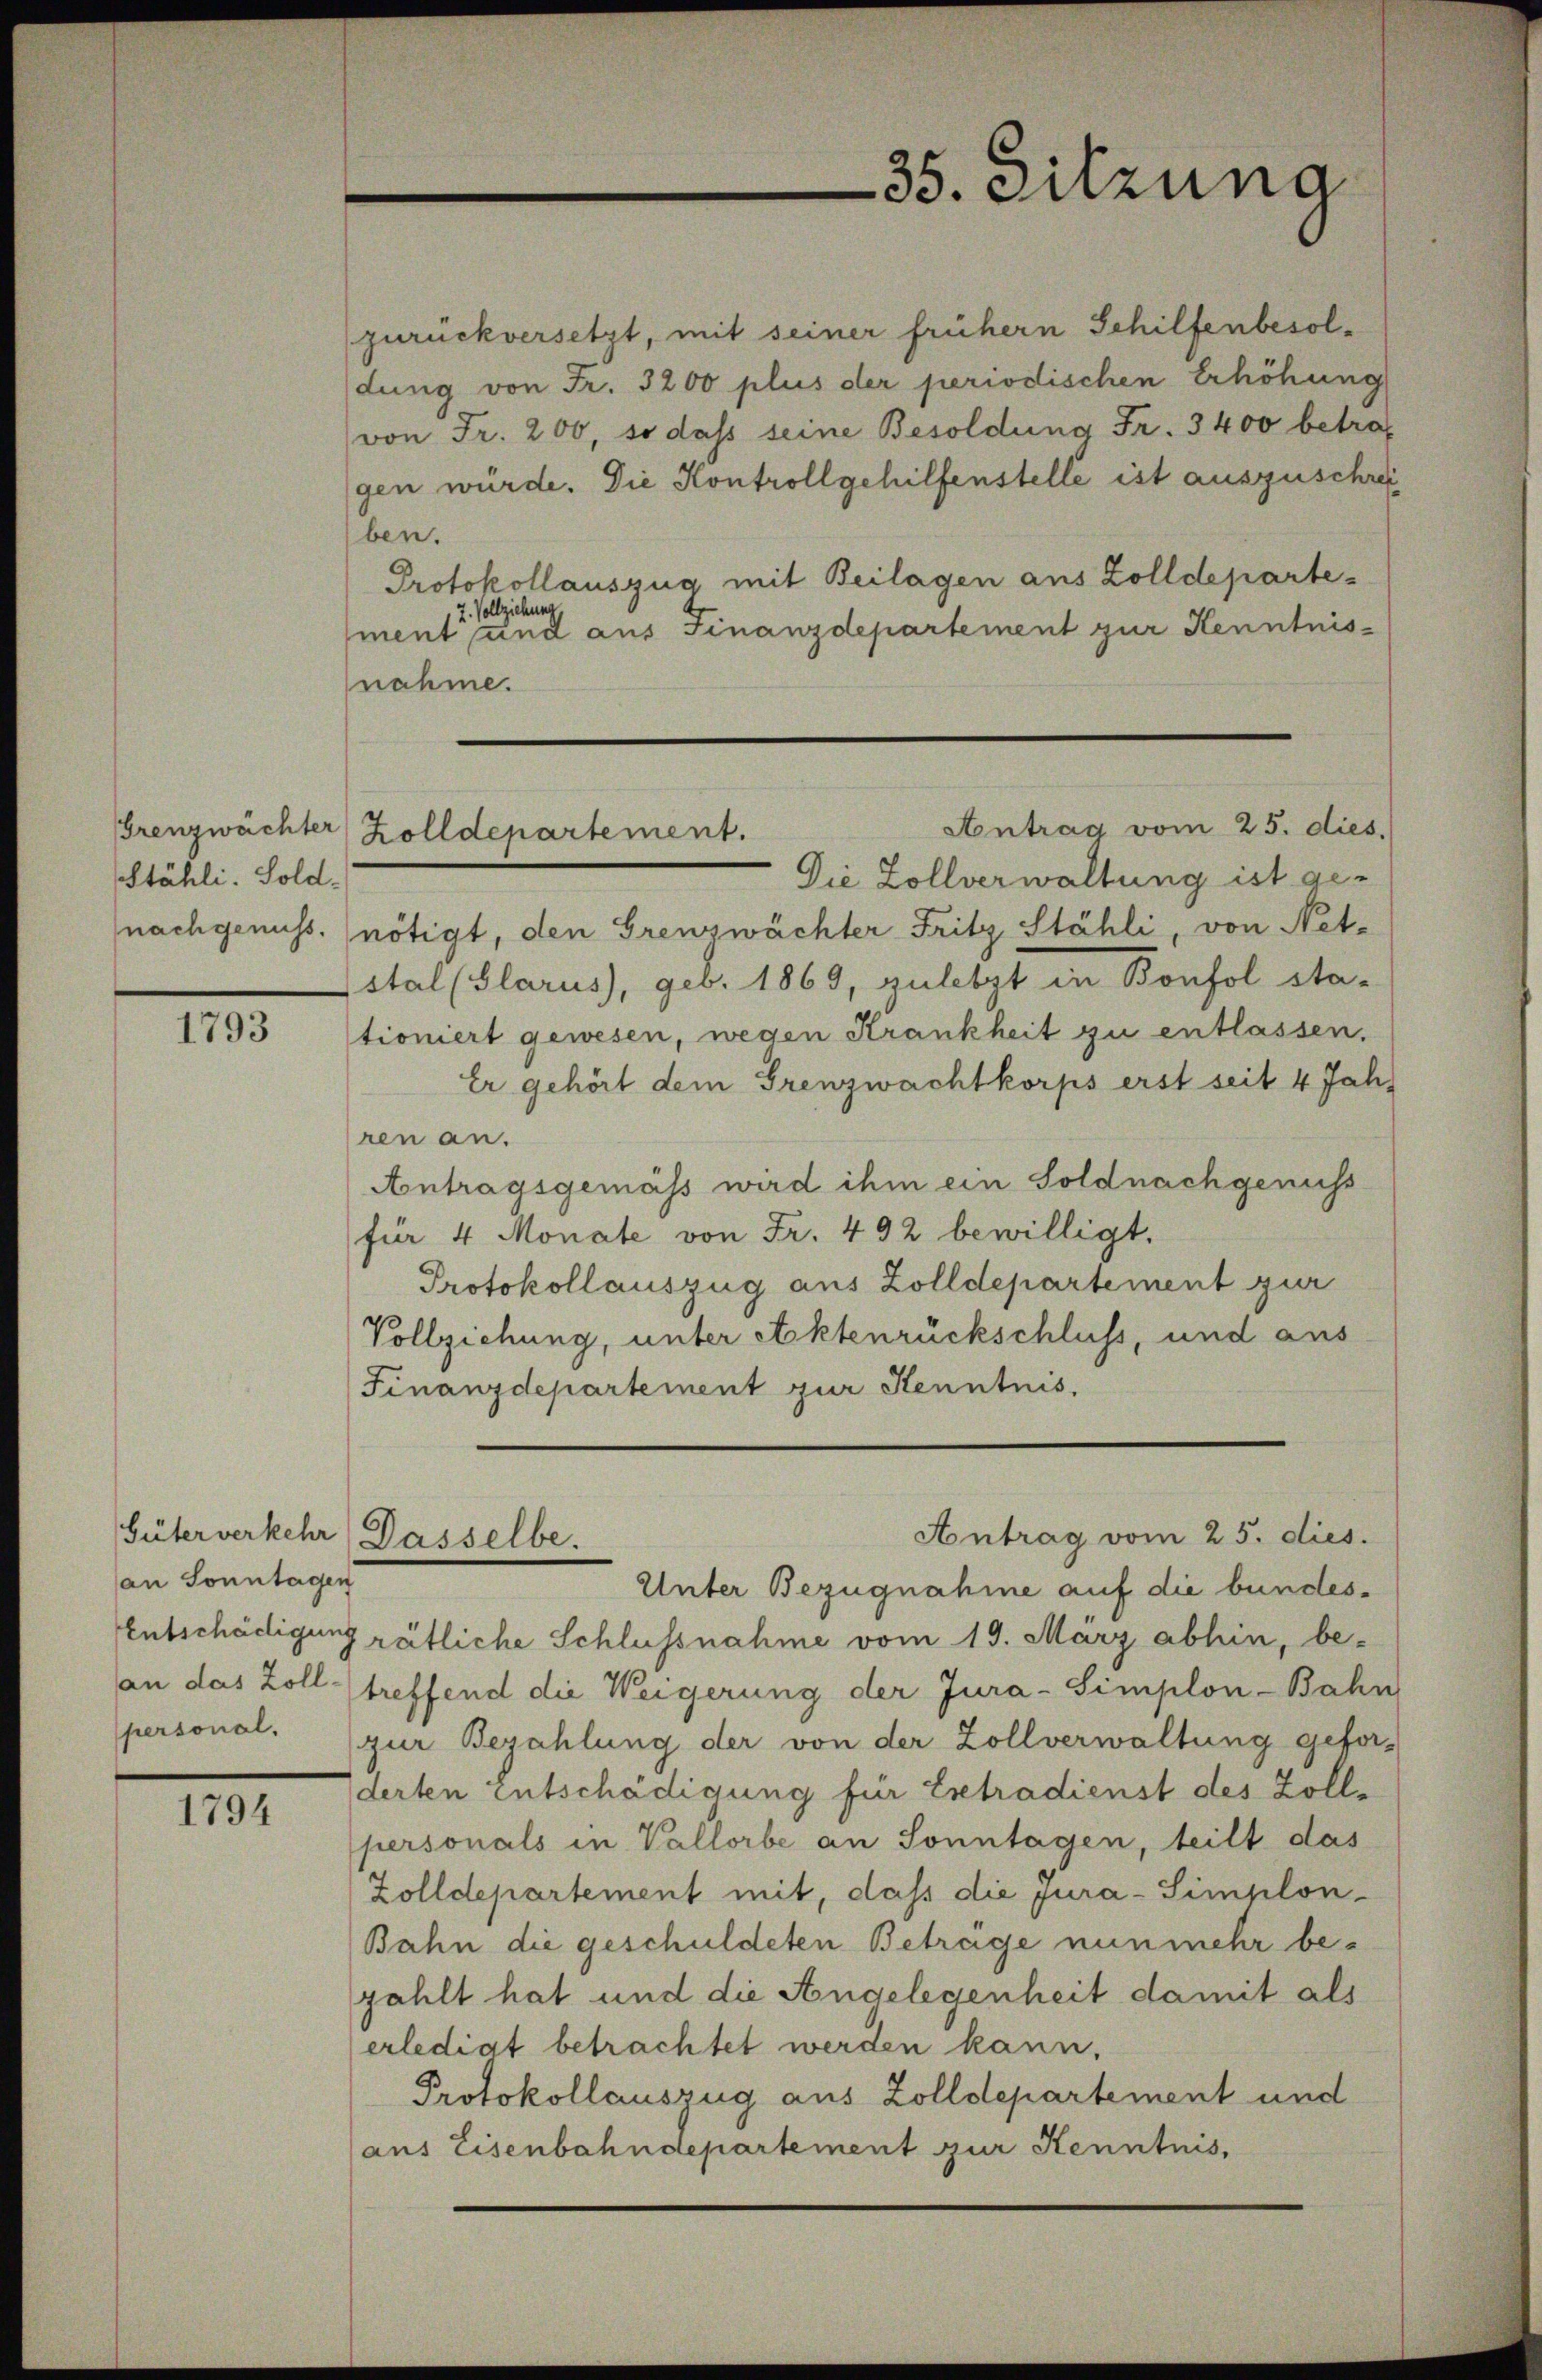
Stähli. Sold.
nachgenuss.

1793

an Sonntagen

1794

35. Sitzung

zurückversetzt, mit seiner frühern Schilfenbesoldung von Fr. 3200 plus der periodischen Erhöhung
von Fr. 200, so dass seine Besoldung Fr. 3400 betraf
gen würde. Die Kontroll gehilfenstelle ist auszuschreiben.
Protokollauszug mit Beilagen aus Zolldeparte¬
2. Vollziehung,
ment und aus Finanzdepartement zur Kenntnisnahme.
Die Zollverwaltung ist genötigt, den Grenzwächter Fritz Stähli, von Net-
stal (Glarus), geb. 1869, zuletzt in Bonsol stationiert gewesen, wegen Krankheit zu entlassen.
Er gehört dem Grenzwachtkorps erst seit 4 Jah
ren an.
Antragsgemäss wird ihm ein Soldnachgenuss
für 4 Monate von Fr. 492 bewilligt.
Protokollauszug aus Zolldepartement zur
Vollziehung, unter Aktenrückschluss, und aus
Finanzdepartement zur Kenntnis.
Antrag vom 25. dies.
Güterverkehr Dasselbe.
Unter Bezugnahme auf die bundes¬
Entschädigung rätliche Schlussnahme vom 19. März abhin, be-
an das Zoll treffend die Weigerung der Jura-Simplon-Bahn
personal. (zur Bezahlung der von der Zollverwaltung gefor-
derten Entschädigung für Extradienst des Zollpersonals in Vallorbe an Sonntagen, teilt das
Zolldepartement mit, dass die Jura-Simplon-
Bahn die geschuldeten Beträge nunmehr bezahlt hat und die Angelegenheit damit als
erledigt betrachtet werden kann.
Protokollauszug aus Zolldepartement und
(aus Eisenbahndepartement zur Kenntnis,

Antrag vom 25. dies.
Grenzwächter Zolldepartement.